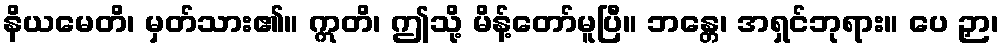
နိယမေတိ၊ မှတ်သား၏။ ဣတိ၊ ဤသို့ မိန့်တော်မူပြီ။ ဘန္တေ၊ အရှင်ဘုရား။ ပေ ဉှာ၊